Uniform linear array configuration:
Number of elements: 32
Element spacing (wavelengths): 1
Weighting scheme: cosine
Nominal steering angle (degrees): -60
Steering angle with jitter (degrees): -59.437
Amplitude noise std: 0.05
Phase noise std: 0.05

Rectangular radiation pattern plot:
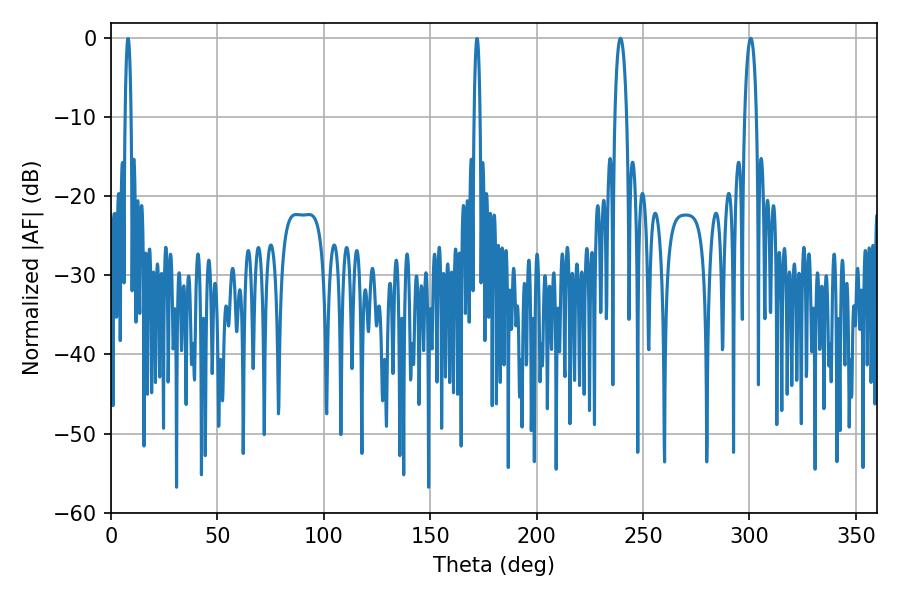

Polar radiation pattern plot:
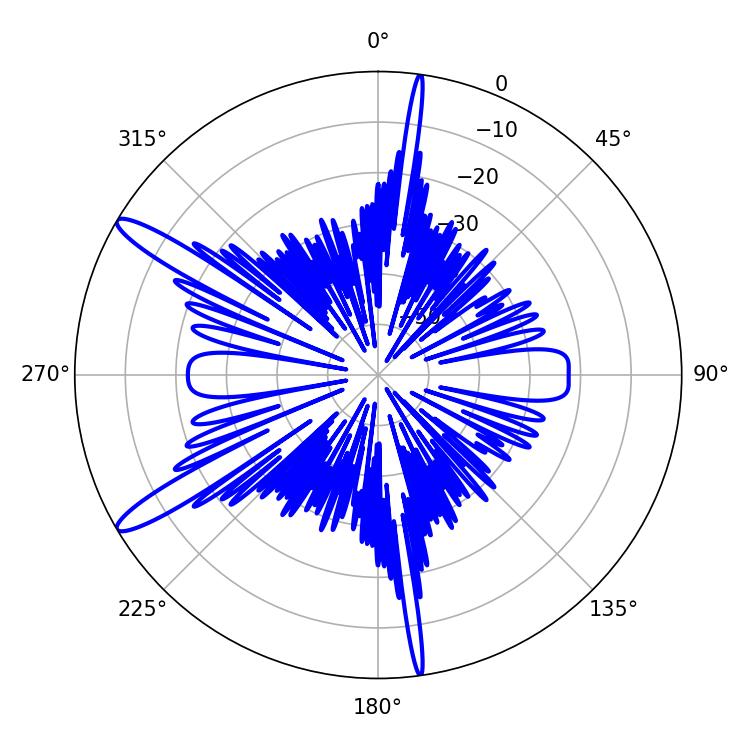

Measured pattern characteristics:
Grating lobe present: TRUE
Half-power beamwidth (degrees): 3.06
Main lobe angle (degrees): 239.4